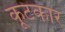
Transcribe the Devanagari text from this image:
कूटकार